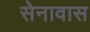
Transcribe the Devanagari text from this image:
सेनावास